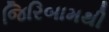
જિરિબામથી